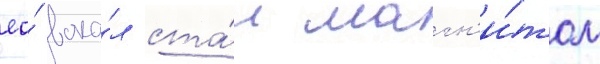
ео́ вока́л ста́л магн'и́том